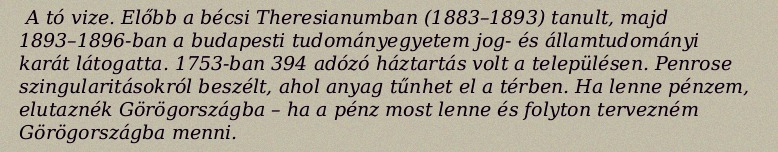
A tó vize. Előbb a bécsi Theresianumban (1883–1893) tanult, majd 1893–1896-ban a budapesti tudományegyetem jog- és államtudományi karát látogatta. 1753-ban 394 adózó háztartás volt a településen. Penrose szingularitásokról beszélt, ahol anyag tűnhet el a térben. Ha lenne pénzem, elutaznék Görögországba – ha a pénz most lenne és folyton tervezném Görögországba menni.